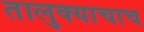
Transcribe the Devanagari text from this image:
तालुक्याचाच